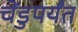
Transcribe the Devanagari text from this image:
चेंडुपर्यंत